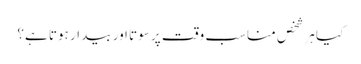
کیا ہر شخص مناسب وقت پر سوتا اور بیدار ہوتا ہے؟